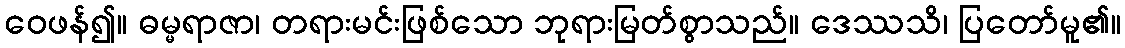
ဝေဖန်၍။ ဓမ္မရာဇာ၊ တရားမင်းဖြစ်သော ဘုရားမြတ်စွာသည်။ ဒေဿသိ၊ ပြတော်မူ၏။